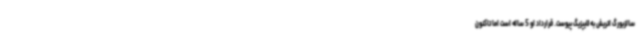
سالزبورگ اتریش به لایپزیگ پیوست. قرارداد او 5 ساله است اما تاکنون